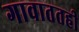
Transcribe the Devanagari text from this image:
गावाततही